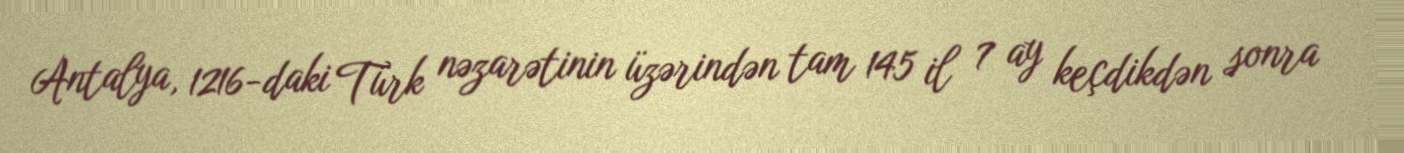
Antalya, 1216-daki Türk nəzarətinin üzərindən tam 145 il 7 ay keçdikdən sonra